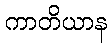
ကာတိယာန